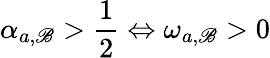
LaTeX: \alpha_{a,\mathscr{B}}>\frac{{1}}{{2}}\Leftrightarrow\omega_{a,\mathscr{B}}>0